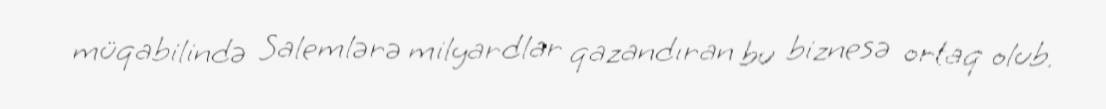
müqabilində Salemlərə milyardlar qazandıran bu biznesə ortaq olub.